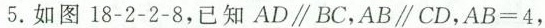
5.如图18-2-2-8，已知AD\parallel BC，AB\parallel CD，$$A B = 4$$，